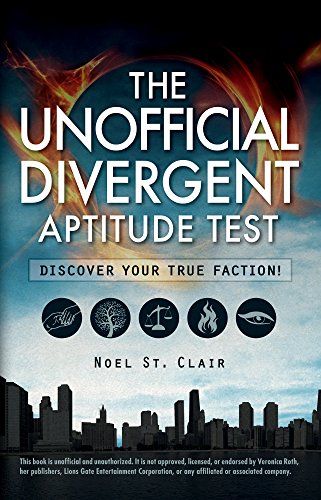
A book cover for The Unofficial Divergent Aptitude Test: Discover Your True Faction!; Noel St. Clair; Teen & Young Adult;